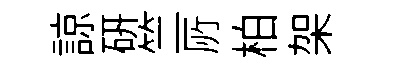
諒研竺𠩄柏架